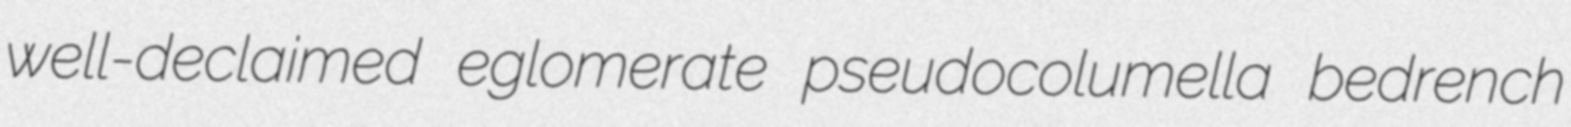
well-declaimed eglomerate pseudocolumella bedrench